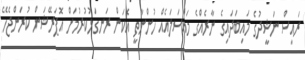
ރައީސް ނަޝީދުގެ މައިބަދައިގެ ނާރެއްގެ މައްސަލައެއް ހުންނާތީ އެކަން ރަނގަޅުކުރުމަށް އޮޕަރޭޝަން ކުރަންޖެހޭ